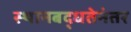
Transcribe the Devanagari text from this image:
स्थानबद्धतेनंतर